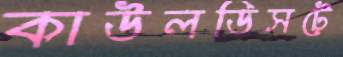
কাউলডিসটে